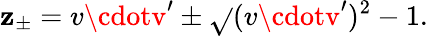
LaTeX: \mathbf{z}_{\pm}=v\cdotv^{\prime}\pm\sqrt{}{{(v\cdotv^{\prime})^{2}-1}}.